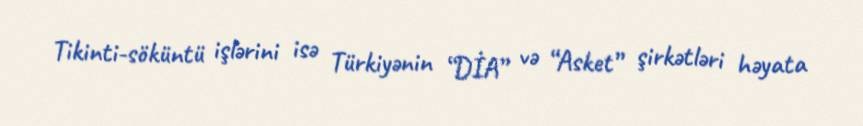
Tikinti-söküntü işlərini isə Türkiyənin “DİA” və “Asket” şirkətləri həyata